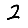
Digit: 2